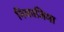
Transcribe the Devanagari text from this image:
निकाजिमा